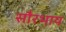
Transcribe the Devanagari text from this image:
सौरभाय